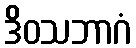
ဒိဝသဘာဂံ